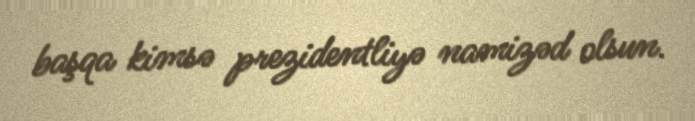
başqa kimsə prezidentliyə namizəd olsun.